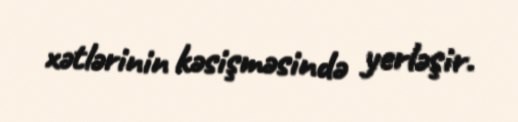
xətlərinin kəsişməsində yerləşir.